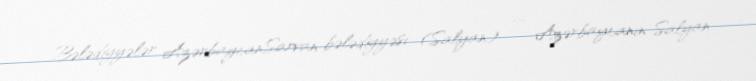
Bələdiyyələr AzərbaycanSarvan bələdiyyəsi (Salyan) — Azərbaycanın Salyan